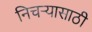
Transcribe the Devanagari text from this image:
निचर्‍यासाठी